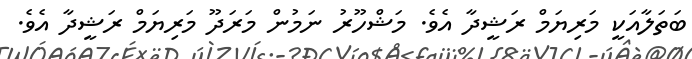
ބަތަލާއަކީ މަރިޔަމް ރަޝީދާ އެވެ. މަޝްހޫރު ނަމުން މަރަދޫ މަރިޔަމް ރަޝީދާ އެވެ.